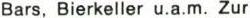
Bars, Bierkeller u.a.m. Zur